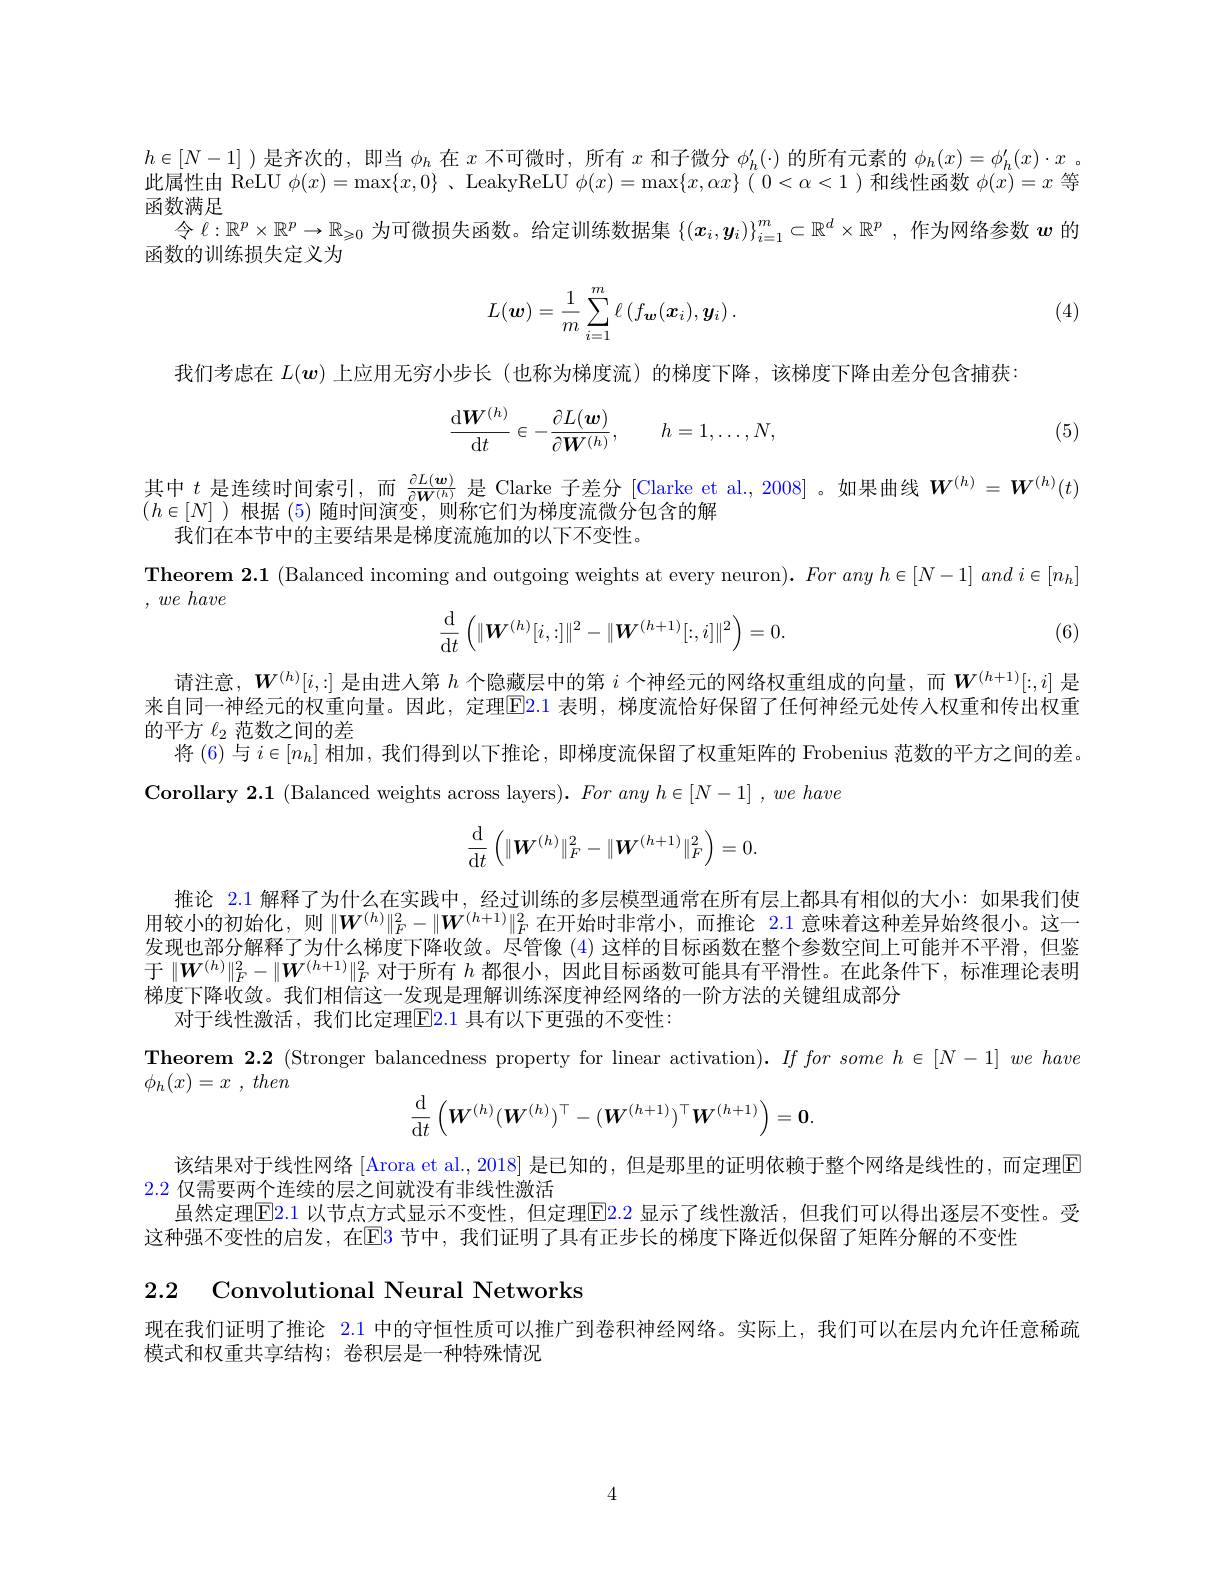
$h\in[N-1]$ )是齐次的，即当$\phi_h$在$x$不可微时，所有$x$和子微分$\phi_h^\prime(\cdot)$的所有元素的$\phi_h(x)=\phi_h^\prime(x)\cdot x$ 。$\dot{\text{此属性由 ReLU }\phi(x)=\max\{x,0\}\:、\mathrm{LeakyReLU~}\phi(x)=\max\{x,\alpha x\}\:(\:0<\alpha<1\:)\:\text{和线性函数 }\phi(x)=x\:\text{等}}$ 函数满足
令$\ell:\mathbb{R}^p\times\mathbb{R}^p\to\mathbb{R}_{\geqslant0}$为可微损失函数。给定训练数据集$\left \{ ( \boldsymbol{x}_i, \boldsymbol{y}_i) \right \} _{i= 1}^m\subset \mathbb{R} ^d\times \mathbb{R} ^p$ , 作为网络参数$\boldsymbol{w}$的
函数的训练损失定义为

(4)
$$L(\boldsymbol{w})=\frac{1}{m}\sum_{i=1}^{m}\ell\left(f_{\boldsymbol{w}}(\boldsymbol{x}_{i}),\boldsymbol{y}_{i}\right).$$
我们考虑在$L(\boldsymbol w)$上应用无穷小步长 (也称为梯度流)的梯度下降，该梯度下降由差分包含捕获：

(5)
$$\dfrac{\mathrm{d}\boldsymbol{W}^{(h)}}{\mathrm{d}t}\in-\dfrac{\partial L(\boldsymbol{w})}{\partial\boldsymbol{W}^{(h)}},\quad h=1,\dots,N,$$
其中$t$是连续时间索引，而$\frac{\partial L(\boldsymbol{w})}{\partial W^{(h)}}$是 Clarke 子差分 [Clarke et al.,2008]。如果曲线$\boldsymbol{W}^{(h)}=\boldsymbol{W}^{(h)}(t)$

$(h\in[N]$ )根据 (5)随时间演变，则称它们为梯度流微分包含的解
我们在本节中的主要结果是梯度流施加的以下不变性。
$\textbf{Theorem 2. 1 ( Balanced incoming and outgoing weights at every neuron) . }For$ any $h\in [ N- 1]$ and $i\in [ n_h]$

, $we$ have
$$\dfrac{\mathrm{d}}{\mathrm{d}t}\left(\|\boldsymbol W^{(h)}[i,:]\|^2-\|\boldsymbol W^{(h+1)}[:,i]\|^2\right)=0.$$
(6)

请注意，$\boldsymbol{W}^{(h)}[i,:]$是由进人第$h$个隐藏层中的第$i$个神经元的网络权重组成的向量，而$\boldsymbol{W}^{(h+1)}[:,i]$是来自同一神经元的权重向量。因此，定理$\color{red}{\mathrm{E}}\color{red}{\mathrm{E}}\color{blue}{\mathrm{E}}\color{red}{\mathrm{E}}\color{red}{\mathrm{E}}\color{red}{\mathrm{E}}\color{red}{\mathrm{E}}\color{red}{\mathrm{E}}\color{red}{\mathrm{E}}\color{red}{\mathrm{E}}\color{red}{\mathrm{E}}\color{red}{\mathrm{E}}\color\color{red}{\mathrm{E}}{\mathrm{E}}\color{red}{\mathrm{E}}\color{red}{\mathrm{E}}\color{red}{\mathrm{E}}\color{red}{\mathrm{E}}\color{red}{\mathrm{E}}\color{red}{\mathrm{E}}\color{red}{\mathrm{E}}\color{red}{\mathrm{$ 的平方$\ell_2$范数之间的差
将 (6) 与$i\in[n_h]$相加，我们得到以下推论，即梯度流保留了权重矩阵的 Frobenius 范数的平方之间的差。
Corollary 2.1 (Balanced weights across layers). For any $h\in [ N- 1]$ $, we$ have
$$\dfrac{\mathrm{d}}{\mathrm{d}t}\left(\|\boldsymbol W^{(h)}\|_F^2-\|\boldsymbol W^{(h+1)}\|_F^2\right)=0.$$
推论 2.1 解释了为什么在实践中，经过训练的多层模型通常在所有层上都具有相似的大小：如果我们使用较小的初始化，则$\|W^{(h)}\|_F^2-\|W^{(h+1)}\|_F^2$在开始时非常小，而推论$\color{red}{2.1}$意味着这种差异始终很小。这一发现也部分解释了为什么梯度下降收敛。尽管像 (4)这样的目标函数在整个参数空间上可能并不平滑，但鉴于$\|\boldsymbol{W}^{(h)}\|_F^2-\|\boldsymbol{W}^{(h+1)}\|_F^2$对于所有$h$都很小，因此目标函数可能具有平滑性。在此条件下，标准理论表明梯度下降收敛。我们相信这一发现是理解训练深度神经网络的一阶方法的关键组成部分
对于线性激活，我们比定理$\overline{\mathrm{E}}$2.1 具有以下更强的不变性：

Theorem 2.2 (Stronger balancedness property for linear activation). $If\textit{for some }h\in [ N- 1] \textit{we have}$
$\phi _h( x) = x$ , then
$$\frac{\mathrm{d}}{\mathrm{d}t}\left(\boldsymbol{W}^{(h)}(\boldsymbol{W}^{(h)})^\top-(\boldsymbol{W}^{(h+1)})^\top\boldsymbol{W}^{(h+1)}\right)=\mathbf{0}.$$
该结果对于线性网络 [Arora et al., 2018] 是已知的，但是那里的证明依赖于整个网络是线性的，而定理$\overline{\mathrm{E}}$
2.2仅需要两个连续的层之间就没有非线性激活
虽然定理E2.1 以节点方式显示不变性，但定理E2.2 显示了线性激活，但我们可以得出逐层不变性。受
这种强不变性的启发，在EB 节中，我们证明了具有正步长的梯度下降近似保留了矩阵分解的不变性

2.2 Convolutional Neural Networks

现在我们证明了推论 2.1 中的守恒性质可以推广到卷积神经网络。实际上，我们可以在层内允许任意稀疏
模式和权重共享结构；卷积层是一种特殊情况

4